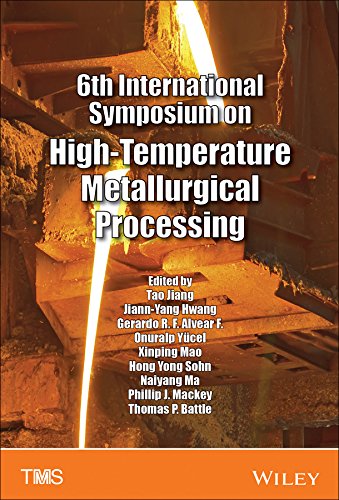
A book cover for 6th International Symposium on High-Temperature Metallurgical Processing; Engineering & Transportation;